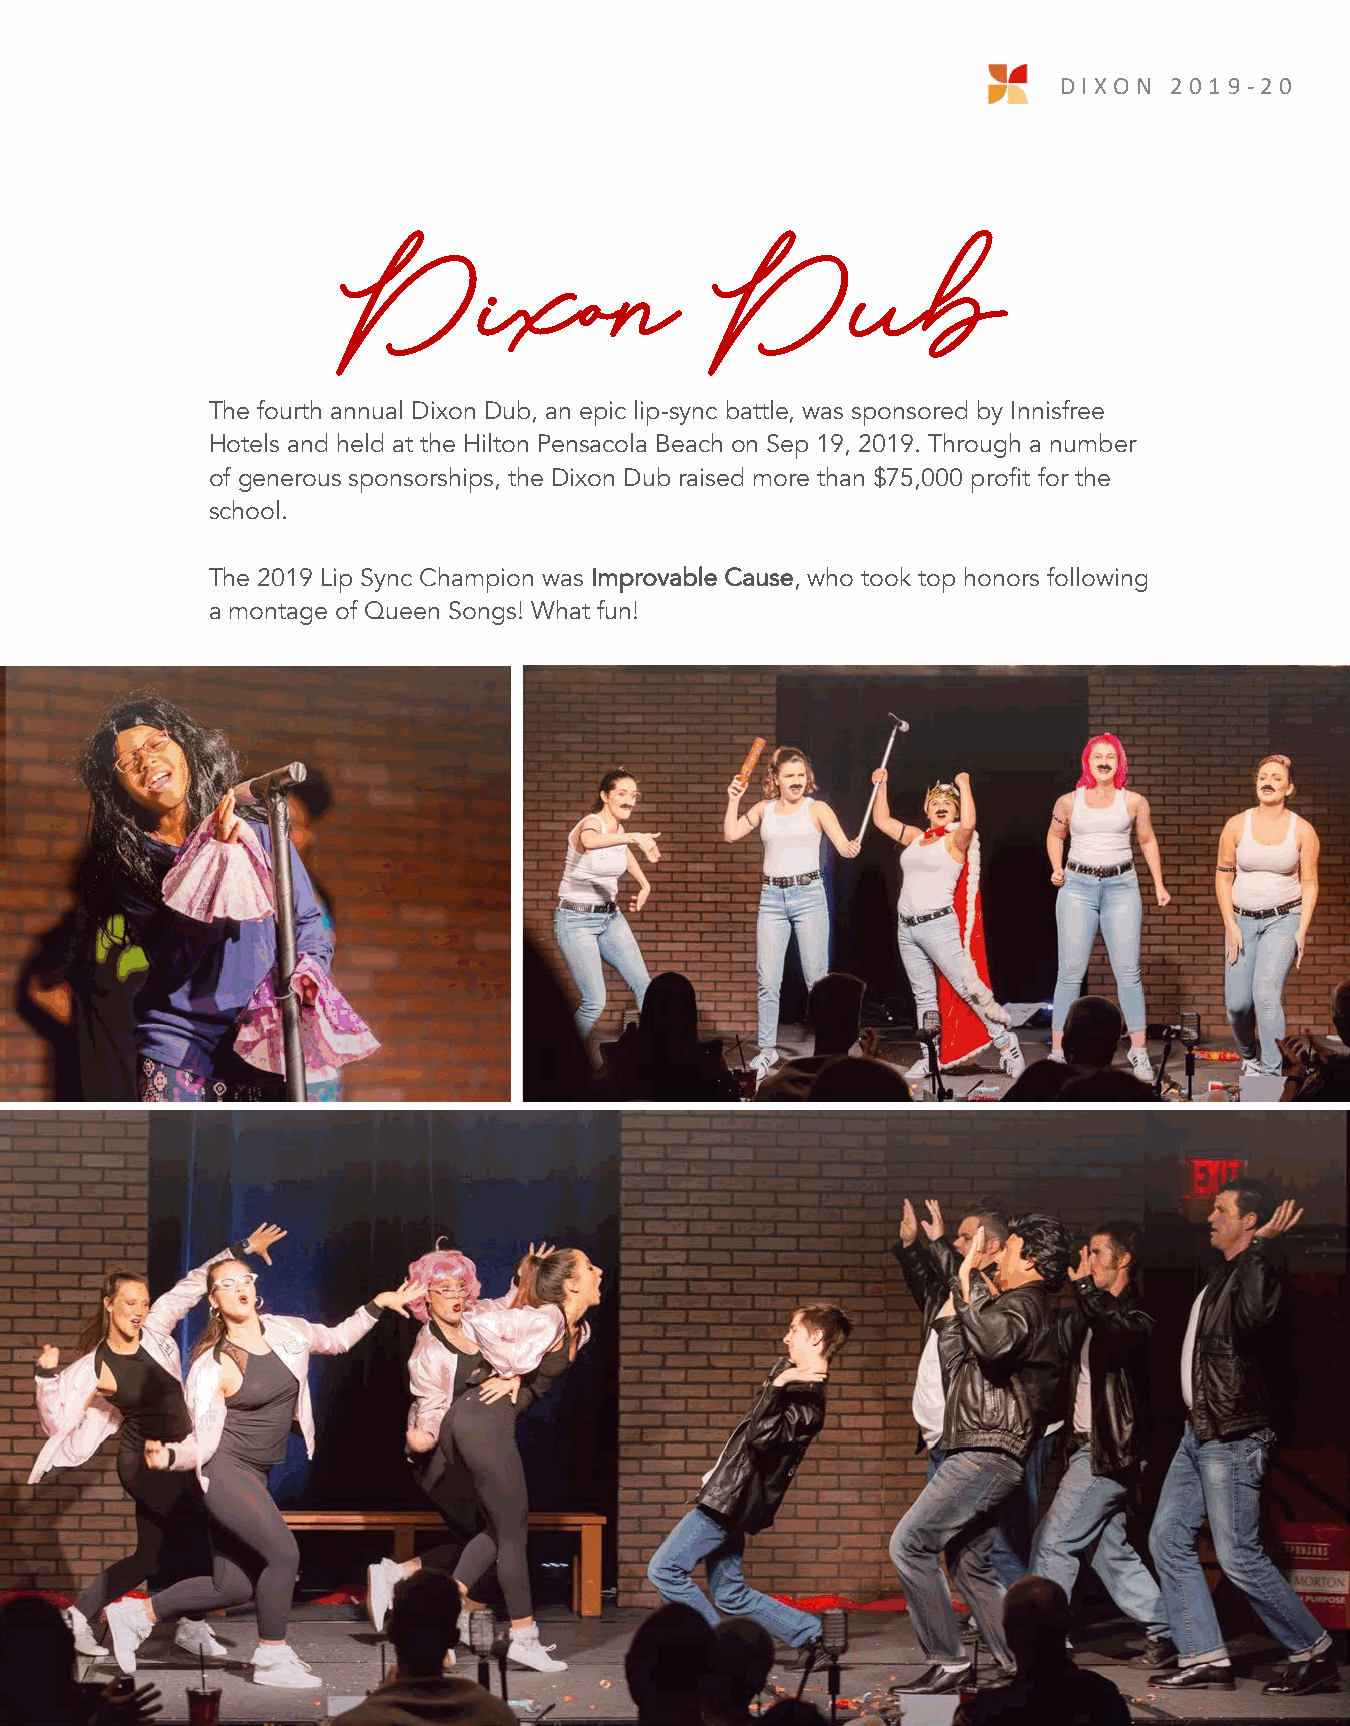
DIX O N 2 0 1 9 -2 0
 16
 Dixon                   Dub
 The fourth annual Dixon Dub, an epic lip-sync battle, was sponsored by Innisfree
 Hotels and held at the Hilton Pensacola Beach on Sep 19, 2019. Through a number
 of generous sponsorships, the Dixon Dub raised more than $75,000 profit for the
 school.
 The 2019 Lip Sync Champion was Improvable Cause, who took top honors following
 a montage of Queen Songs! What fun!